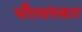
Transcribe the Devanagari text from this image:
चौलसंस्कार